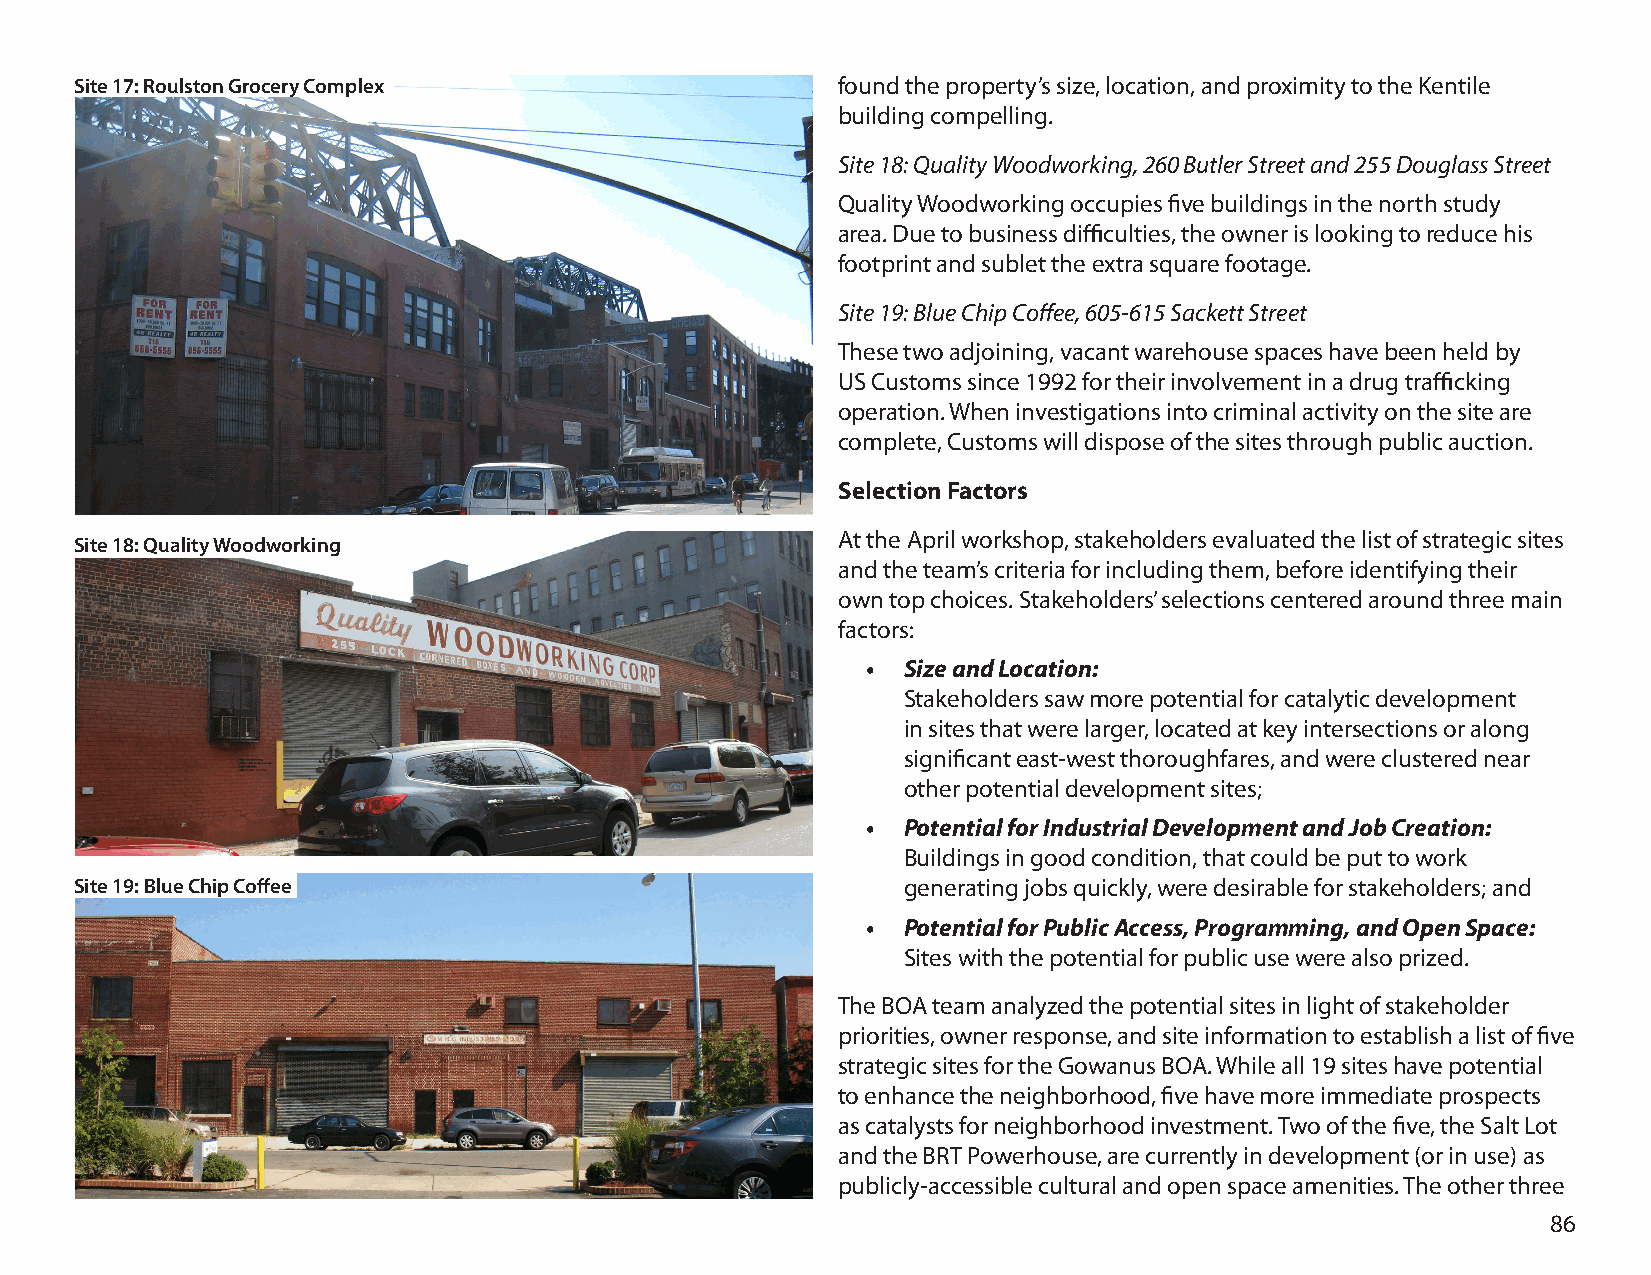
Site 17: Roulston Grocery Complex                 found the property’s size, location, and proximity to the Kentile
 building compelling.
 Site 18: Quality Woodworking, 260 Butler Street and 255 Douglass Street
 Quality Woodworking occupies five buildings in the north study
 area. Due to business difficulties, the owner is looking to reduce his
 footprint and sublet the extra square footage.
 Site 19: Blue Chip Coffee, 605-615 Sackett Street
 These two adjoining, vacant warehouse spaces have been held by
 US Customs since 1992 for their involvement in a drug trafficking
 operation. When investigations into criminal activity on the site are
 complete, Customs will dispose of the sites through public auction.
 Selection Factors
 At the April workshop, stakeholders evaluated the list of strategic sites
 Site 18: Quality Woodworking
 and the team’s criteria for including them, before identifying their
 own top choices. Stakeholders’ selections centered around three main
 factors:
 •  Size and Location:
 Stakeholders saw more potential for catalytic development
 in sites that were larger, located at key intersections or along
 significant east-west thoroughfares, and were clustered near
 other potential development sites;
 •  Potential for Industrial Development and Job Creation:
 Buildings in good condition, that could be put to work
 Site 19: Blue Chip Coffee                              generating jobs quickly, were desirable for stakeholders; and
 •  Potential for Public Access, Programming, and Open Space:
 Sites with the potential for public use were also prized.
 The BOA team analyzed the potential sites in light of stakeholder
 priorities, owner response, and site information to establish a list of five
 strategic sites for the Gowanus BOA. While all 19 sites have potential
 to enhance the neighborhood, five have more immediate prospects
 as catalysts for neighborhood investment. Two of the five, the Salt Lot
 and the BRT Powerhouse, are currently in development (or in use) as
 publicly-accessible cultural and open space amenities. The other three
 86